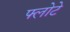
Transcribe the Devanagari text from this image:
फ्लोटे